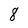
Character: 8